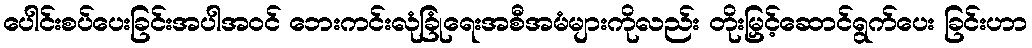
ပေါင်းစပ်ပေးခြင်းအပါအဝင် ဘေးကင်းလုံခြုံရေးအစီအမံများကိုလည်း တိုးမြှင့်ဆောင်ရွက်ပေး ခြင်းဟာ